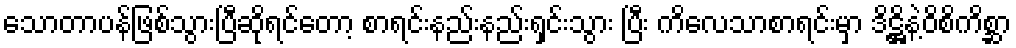
သောတာပန်ဖြစ်သွားပြီဆိုရင်တော့ စာရင်းနည်းနည်းရှင်းသွား ပြီး ကိလေသာစာရင်းမှာ ဒိဋ္ဌိနဲ့ဝိစိကိစ္ဆာ